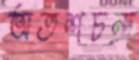
অতশচন্দ্র